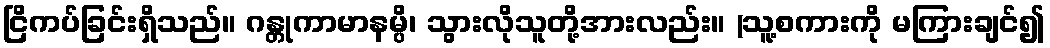
ငြိကပ်ခြင်းရှိသည်။ ဂန္တုကာမာနမ္ပိ၊ သွားလိုသူတို့အားလည်း။ (သူ့စကားကို မကြားချင်၍